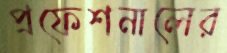
প্রফেশনালের